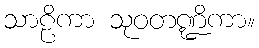
သာဠိကာ သုဝတဏ္ဍိကာ။